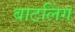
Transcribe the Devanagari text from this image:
बाटलिंग